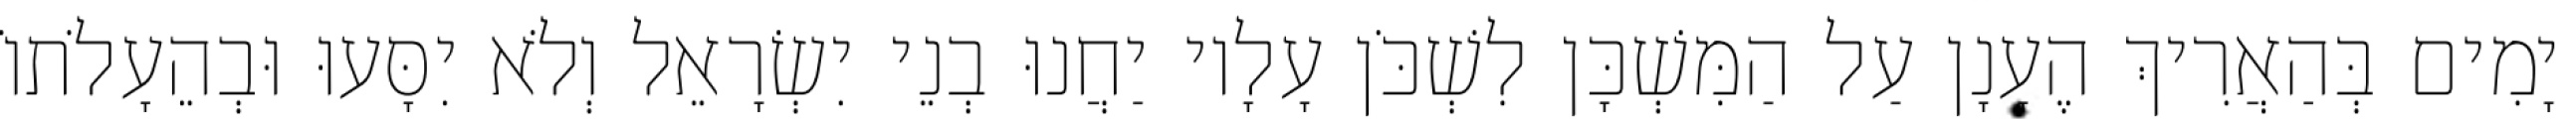
יָמִים בְּהַאֲרִיךְ הֶעָנָן עַל הַמִּשְׁכָּן לִשְׁכֹּן עָלָיו יַחֲנוּ בְנֵי יִשְׂרָאֵל וְלֹא יִסָּעוּ וּבְהֵעָלֹתוֹ